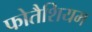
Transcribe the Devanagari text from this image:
फोतैशियम